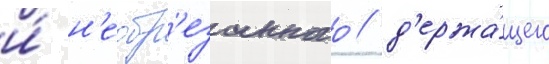
и́ н'еобр'езанного / д'ержа́щего